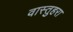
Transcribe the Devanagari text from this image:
वास्तुहरा